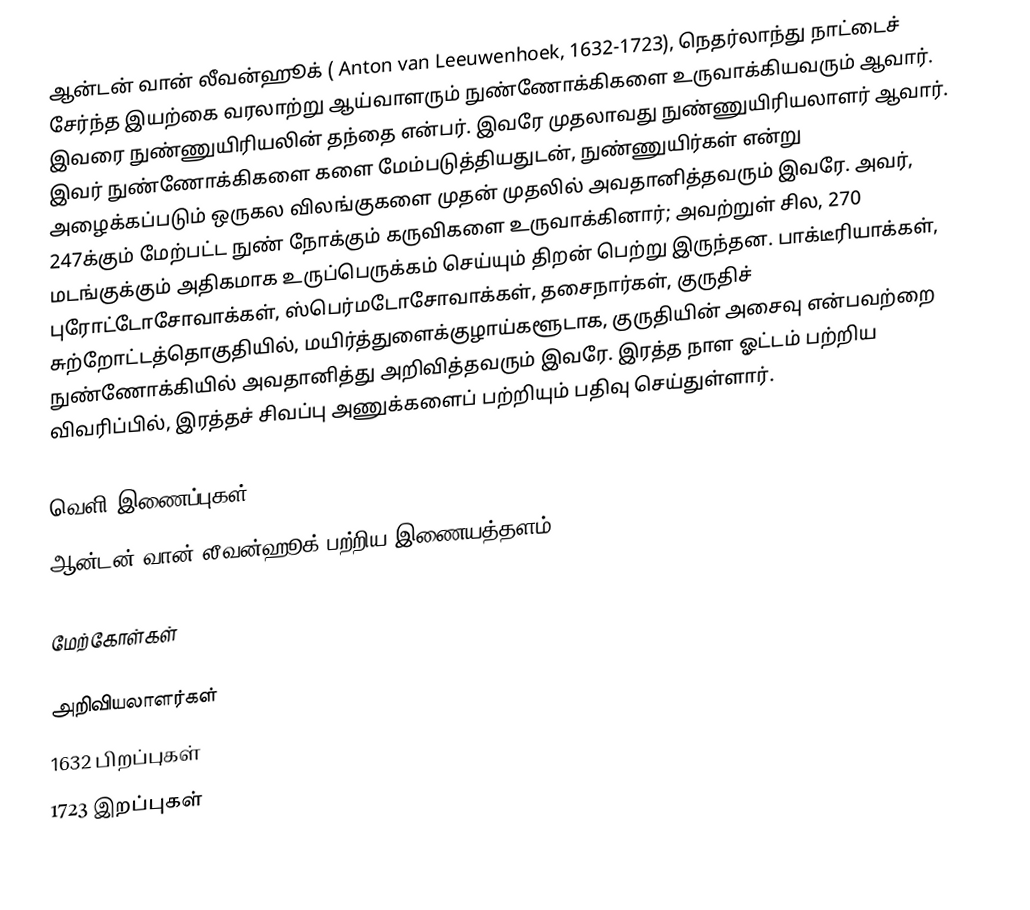
ஆன்டன் வான் லீவன்ஹூக் ( Anton van Leeuwenhoek, 1632-1723), நெதர்லாந்து நாட்டைச் சேர்ந்த இயற்கை வரலாற்று ஆய்வாளரும் நுண்ணோக்கிகளை உருவாக்கியவரும் ஆவார். இவரை நுண்ணுயிரியலின் தந்தை என்பர். இவரே முதலாவது நுண்ணுயிரியலாளர் ஆவார். இவர் நுண்ணோக்கிகளை களை மேம்படுத்தியதுடன், நுண்ணுயிர்கள் என்று அழைக்கப்படும் ஒருகல விலங்குகளை முதன் முதலில் அவதானித்தவரும் இவரே. அவர், 247க்கும் மேற்பட்ட நுண் நோக்கும் கருவிகளை உருவாக்கினார்; அவற்றுள் சில, 270 மடங்குக்கும் அதிகமாக உருப்பெருக்கம் செய்யும் திறன் பெற்று இருந்தன. பாக்டீரியாக்கள், புரோட்டோசோவாக்கள், ஸ்பெர்மடோசோவாக்கள், தசைநார்கள், குருதிச் சுற்றோட்டத்தொகுதியில், மயிர்த்துளைக்குழாய்களூடாக, குருதியின் அசைவு என்பவற்றை நுண்ணோக்கியில் அவதானித்து அறிவித்தவரும் இவரே. இரத்த நாள ஓட்டம் பற்றிய விவரிப்பில், இரத்தச் சிவப்பு அணுக்களைப் பற்றியும் பதிவு செய்துள்ளார்.

வெளி இணைப்புகள்
 ஆன்டன் வான் லீவன்ஹூக் பற்றிய இணையத்தளம்

மேற்கோள்கள்

அறிவியலாளர்கள்
1632 பிறப்புகள்
1723 இறப்புகள்